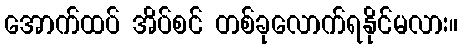
အောက်ထပ် အိပ်စင် တစ်ခုလောက်ရနိုင်မလား။